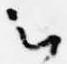
云